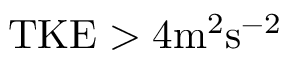
\mathrm { T K E } > 4 \mathrm { m ^ { 2 } s ^ { - 2 } }